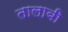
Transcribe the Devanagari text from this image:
तालाबी